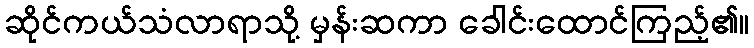
ဆိုင်ကယ်သံလာရာသို့ မှန်းဆကာ ခေါင်းထောင်ကြည့်၏။